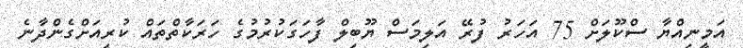
އަމީނިއްޔާ ސްކޫލަށް 75 އަހަރު ފުރޭ އަލިމަސް ޔޫބިލް ފާހަގަކުރުމުގެ ހަރަކާތްތައް ކުރިއަށްގެންދާނެ